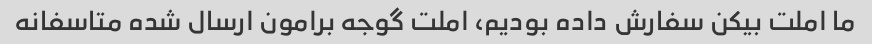
ما املت بیکن سفارش داده بودیم، املت گوجه برامون ارسال شده متاسفانه